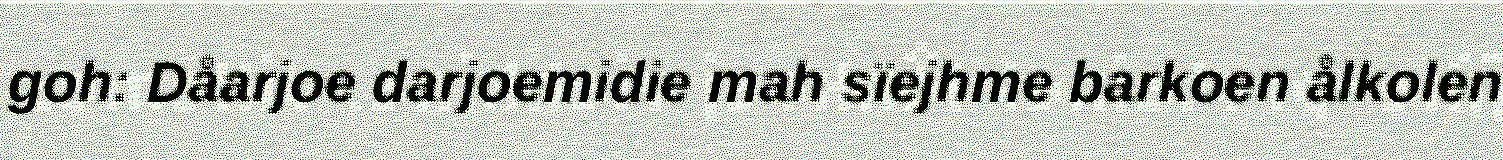
goh: Dåarjoe darjoemidie mah sïejhme barkoen ålkolen